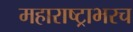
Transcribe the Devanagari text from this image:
महाराष्ट्राभरच